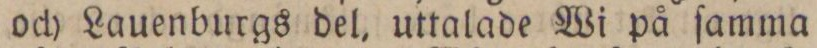
och Lauenburgs del, uttalade Wi på ſamma